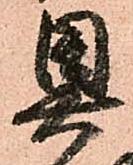
奥